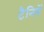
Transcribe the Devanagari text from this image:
टैनिनें